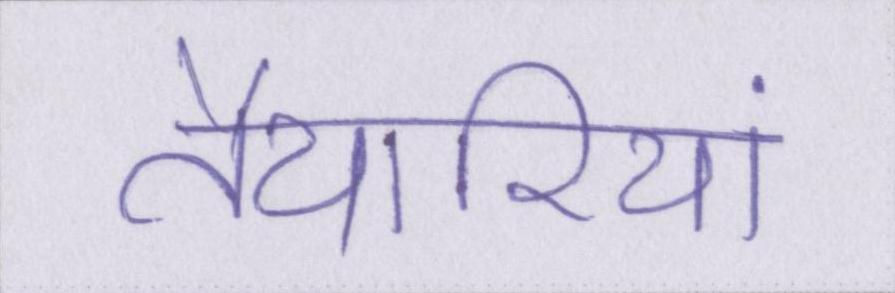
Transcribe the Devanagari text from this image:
तैयारियां